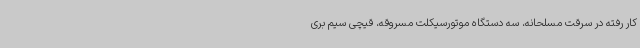
کار رفته در سرقت مسلحانه، سه دستگاه موتورسیکلت مسروقه، قیچی سیم بری